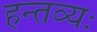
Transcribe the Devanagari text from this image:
हन्तव्यः